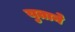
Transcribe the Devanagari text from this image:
युताने